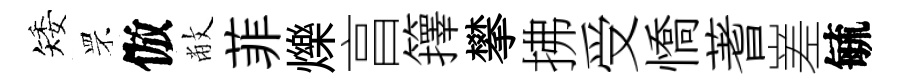
矮罘倣敝菲爍亯籜攀拂受憍蓍嵳毓